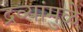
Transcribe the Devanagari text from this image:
द्रव्यांमुळे